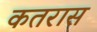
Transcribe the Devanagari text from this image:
कतरास